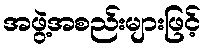
အဖွဲ့အစည်းများဖြင့်